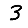
Digit: 3